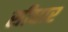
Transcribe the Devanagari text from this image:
सीधार